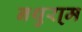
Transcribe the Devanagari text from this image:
नथुरा्म